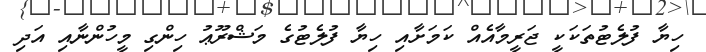
ހިޔާ ފުލެޓުތަކަކީ ޖަރީމާއެއް ކަމަށާއި ހިޔާ ފުލެޓުގެ މަޝްރޫޢު ހިންގި މީހުންނާއި އަދި